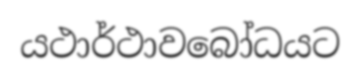
යථාර්ථාවබෝධයට